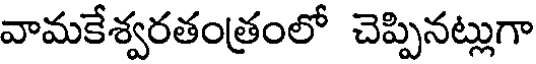
వామకేశ్వరతంత్రంలో చెప్పినట్లుగా